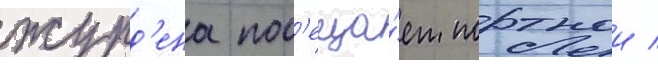
журд'ена пос'еща́ет портнои /